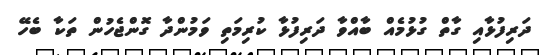
ދަރިފުޅާއި ގާތް ގުޅުމެއް ބާއްވާ ދަރިފުޅާ ކުރިމަތި ވަމުންދާ ގޮންޖެހުން ތަކާ ބެހޭ